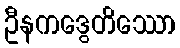
ဦနကဒွေတိဿော